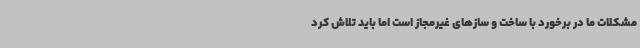
مشکلات ما در برخورد با ساخت و سازهای غیرمجاز است اما باید تلاش کرد